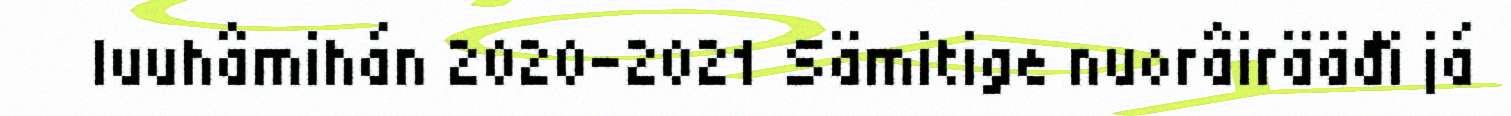
luuhâmihán 2020–2021 Sämitige nuorâirääđi já